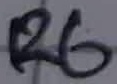
Text: R6